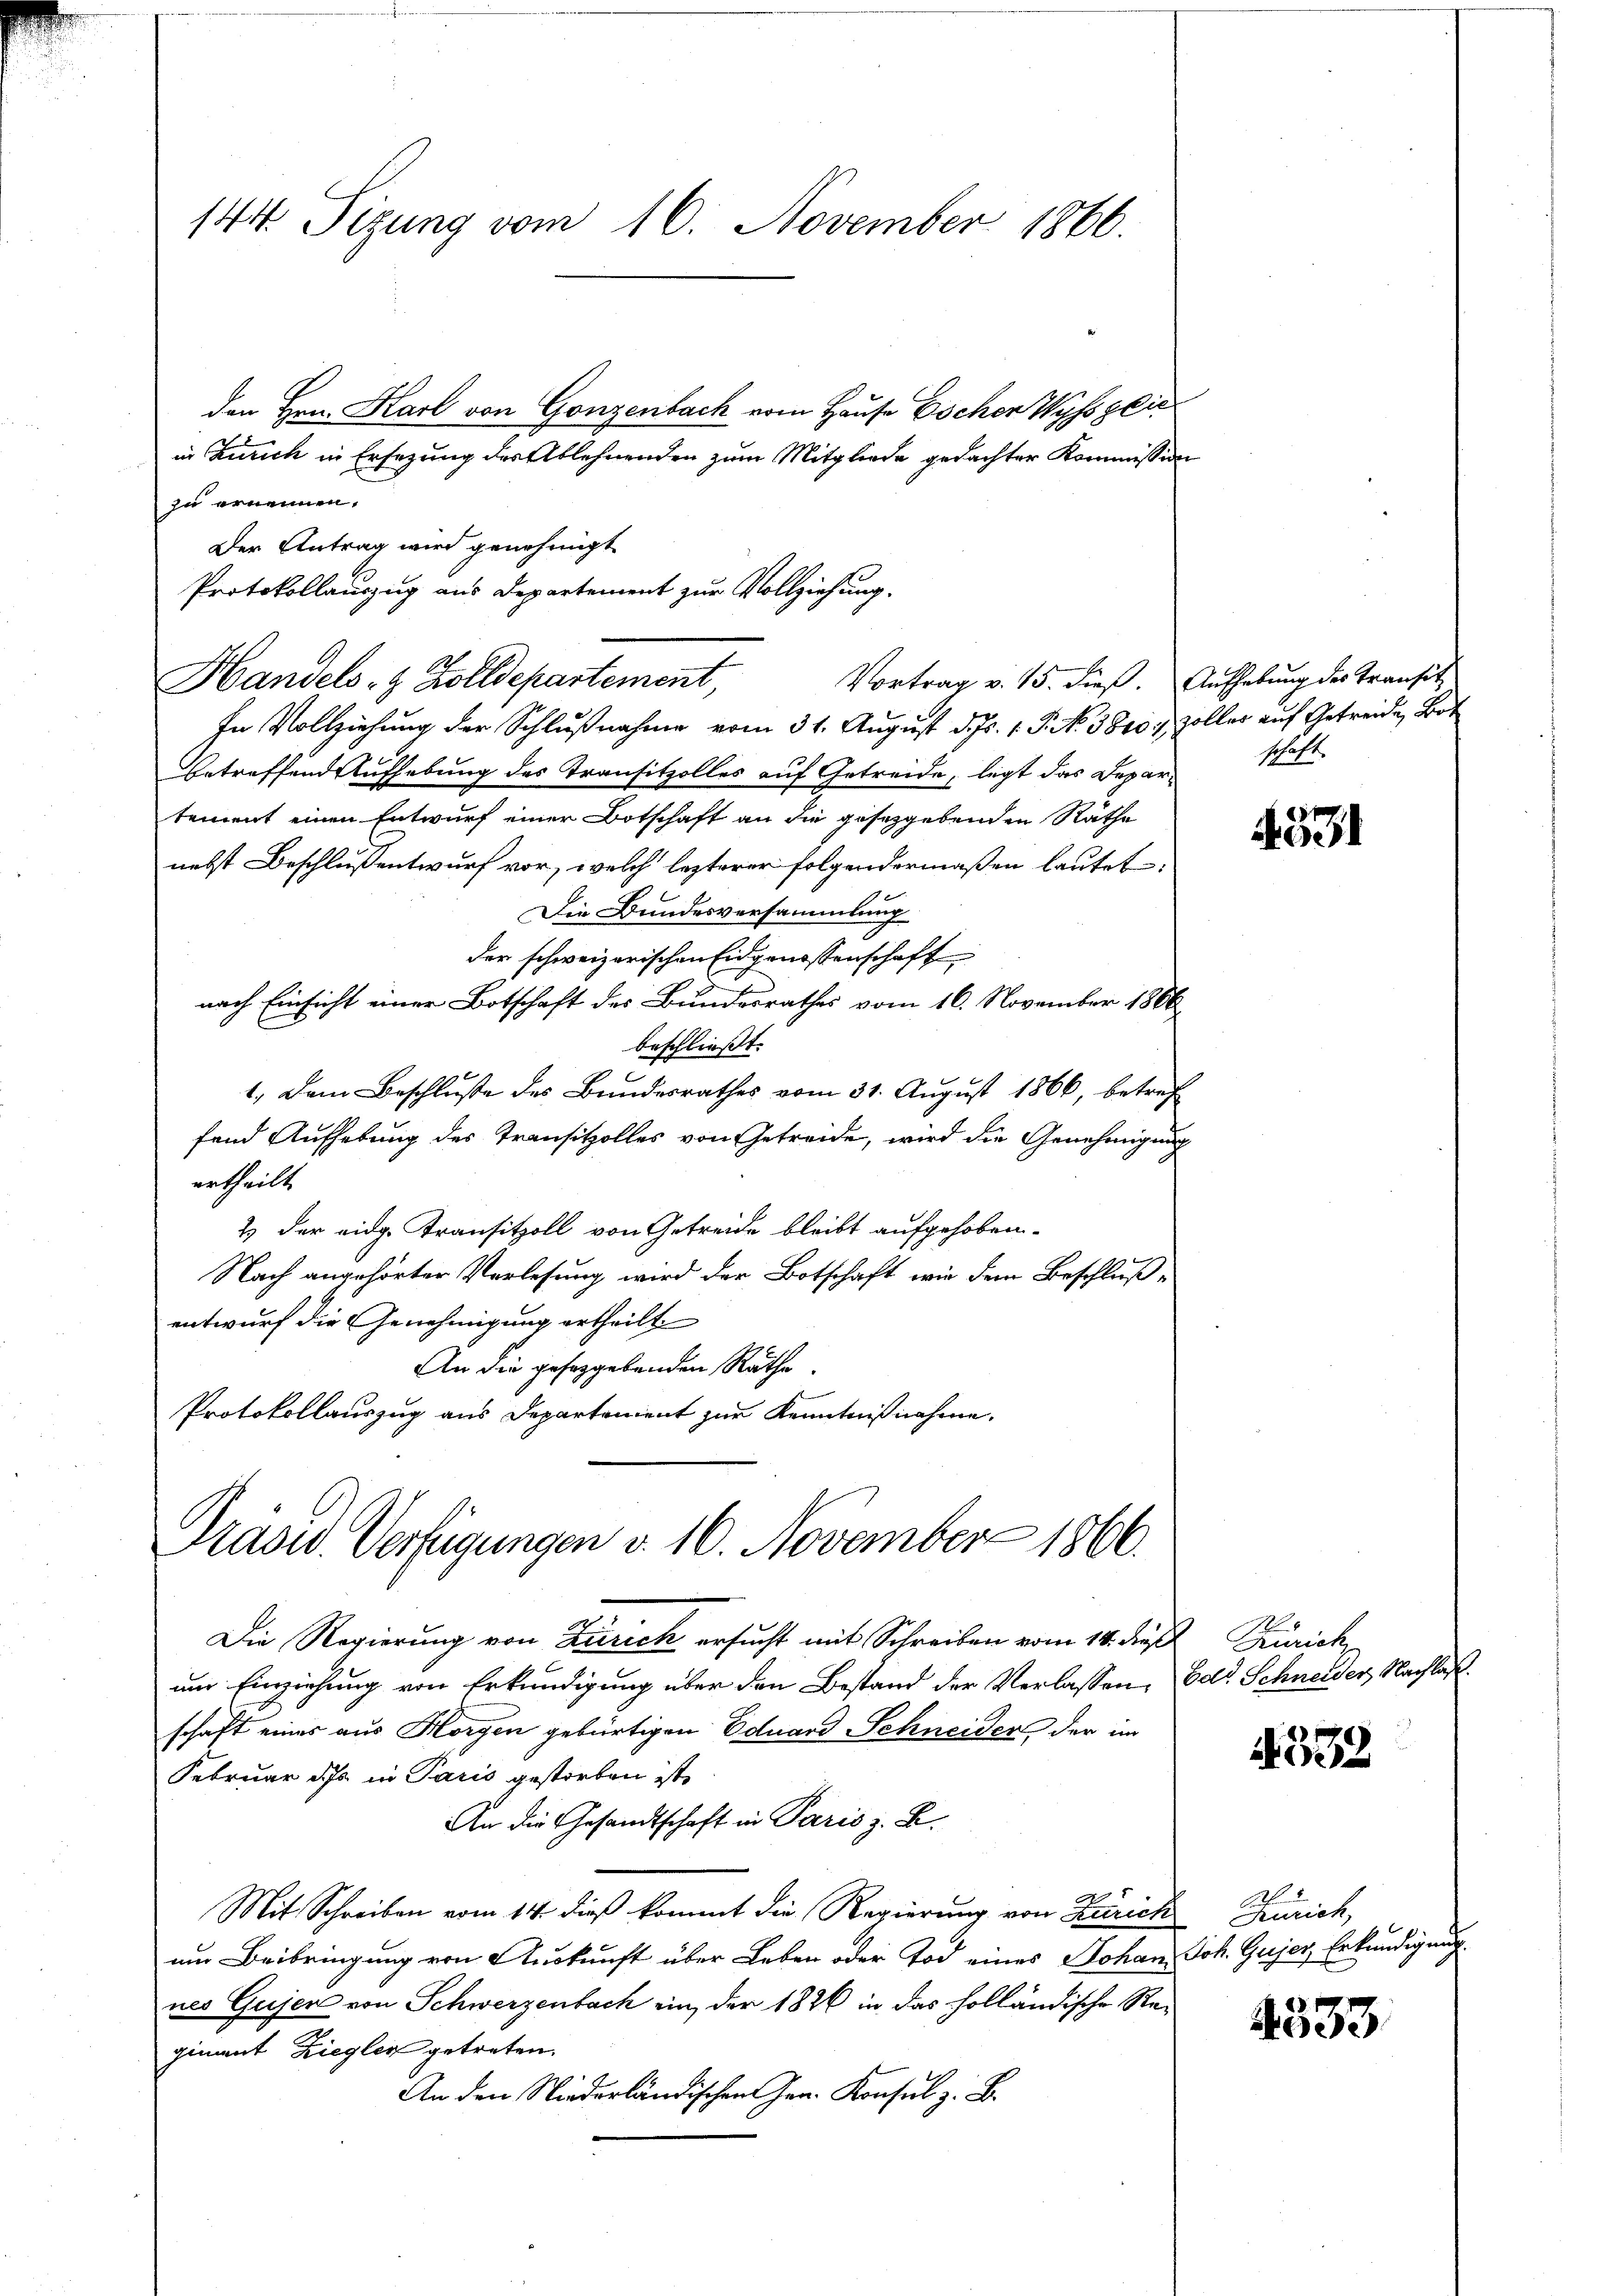
den Hrn. Karl von Gonzenbach vom Hause Escher Wysspeic
in Zürich in Ersezung des Ablehnenden zum Mitgliede gedachter Kommission
zu ernennen.
Der Antrag wird genehmigt
Protokollauszug aus Departement zur Vollziehung.
Handels- & Zolldepartement,
In Vollziehung der Schlußnahme vom 31. August d. Js. 1. P. No. 3840. Zoller auf Getreide Bot
Betreffend Aufhebung des Transitzolles auf Getreide, legt das Departement einen Entwurf einer Botschaft an die gesetzgebenden Räthe
nebst Beschlussentwurf vor, welch lezterer folgendermaßen lautet,
Die Bundesversammlung
der schweizerischen Eidgenossenschaft
nach Einsicht einer Botschaft des Bundesrathes vom 16. November 1866
beschließt:
1.) Dem Beschluße des Bundesrathes vom 31. August 1866, betreffend Aufhebung des Transitzolles von Getreide, wird die Genehmigung
ertheilt.
2 der eidg. Transitzoll von Getreide bleibt aufgehoben.
Nach angehörter Vorlesung wird der Botschaft wie dem Beschlußentwurf die Genehmigung ertheilt.
An die geseggebenden Räthe.
Protokollauszug aus Departement zur Kenntnißnahme.

144. Sizung vom 16. November 1866.

Vortrag v. 15. dieß. Aufhebung des Transit

Die Regierung von Zürich ersucht mit Schreiben vom 14. dies Zürich,
um Einziehung von Erkundigung über den Bestand der Verlassen, Ed. Schneider Nachlaschaft eines aus Horgen gebürtigen Eduard Schneider der im
Februar die in Paris gestorben ist,
An die Gesandtschaft in Paris z. B.
Mit Schreiben vom 14. dieß kommt die Regierung von Zürich
um Beibringung von Auskunft über Leben oder Tod eines Johan Joh. Gujer Erkundigung
nes Gujer von Schwerzenbach ein, der 1826 in das holländische Regiment Ziegler getreten.
An den Niederländischen Herr Konsul z. B.

Präsid. Verfügungen v. 16. November 1866.

schaft.

5

00x

Turich,

4533

6